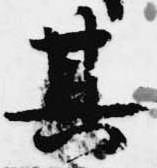
其